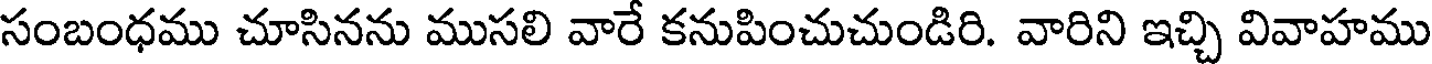
సంబంధము చూసినను ముసలి వారే కనుపించుచుండిరి. వారిని ఇచ్చి వివాహము